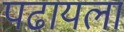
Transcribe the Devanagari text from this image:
पढायला